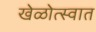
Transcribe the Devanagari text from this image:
खेळोत्स्वात